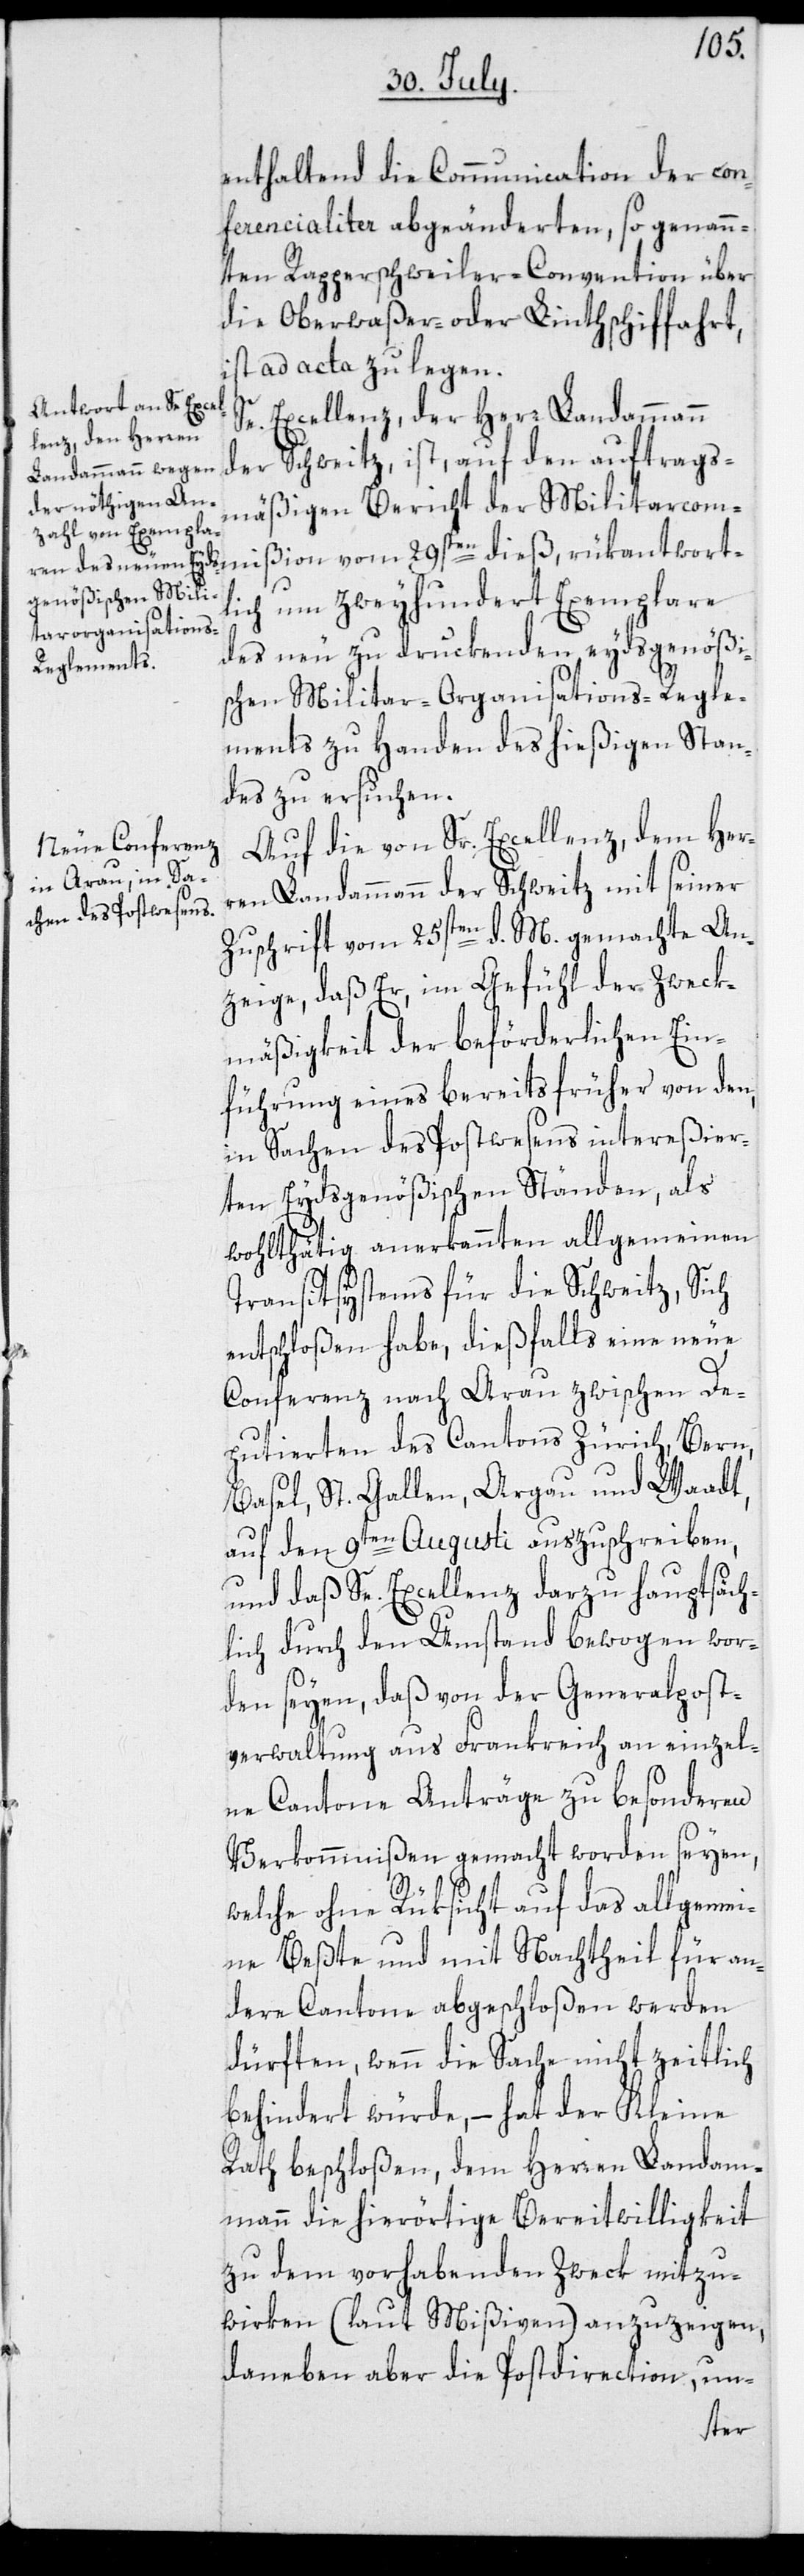
enthaltend die Communication der con¬
ferencialiter abgeänderten, so genann¬
ten Rapperschweiler-Convention über
die Oberwaßer- oder Linthschifffahrt,
ist ad acta zu legen.
rükan¬
Se. Excellenz, der Herr Landammann
der Schweitz, ist, auf den auftrags¬
mäßigen Bericht der Militarcommi¬
lich um zweyhundert Exemplare
des neu zu druckenden eydsgenößi¬
schen Militar-Organisations-Regle¬
ments zu Handen des hießigen Stan¬
des zu ersuchen.
Auf die von Sr. Excellenz, dem Her¬
ren Landammann der Schweitz mit seiner
Zuschrift vom 25sten d. M. gemachte An¬
zeige, daß Er, im Gefühl der Zweck¬
mäßigkeit der beförderlichen Ein¬
führung eines bereits früher von den,
in Sachen des Postwesens intereßier¬
ten Eydsgenößischen Ständen, als
wohlthätig anerkannten allgemeinen
Transitsystems für die Schweitz, Sich
entschloßen habe, dießfalls eine neue
Conferenz nach Arau zwischen De¬
putierten des Cantons Zürich, Bern,
Basel, St. Gallen, Argau und Waadt,
auf den 9ten Augusti auszuschreiben,
und daß Se. Excellenz darzu hauptsäch¬
lich durch den Umstand bewogen wor¬
den seyen, daß von der Generalpost¬
verwaltung aus Frankreich an einzel¬
ne Cantone Anträge zu besonderen
Verkommnißen gemacht worden seyen,
ßion
welche ohne Rüksicht auf das allgemei¬
ne Beßte und mit Nachtheil für an¬
dere Cantone abgeschloßen werden
dürften, wenn die Sache nicht zeitlich
behindert würde, – hat der Kleine
Rath beschloßen, dem Herren Landam¬
mann die hierörtige Bereitwilligkeit
zu dem vorhabenden Zweck mitzu¬
wirken (laut Mißiven) anzuzeigen,
daneben aber die Postdirection, un-
twort¬